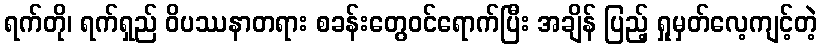
ရက်တို၊ ရက်ရှည် ဝိပဿနာတရား စခန်းတွေဝင်ရောက်ပြီး အချိန် ပြည့် ရှုမှတ်လေ့ကျင့်တဲ့